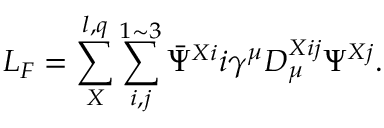
{ \cal L } _ { F } = \sum _ { X } ^ { l , q } \sum _ { i , j } ^ { 1 \sim 3 } \bar { \Psi } ^ { X i } i \gamma ^ { \mu } D _ { \mu } ^ { X i j } \Psi ^ { X j } .